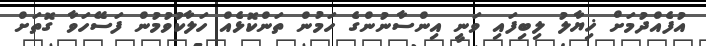
އުފެއްދުމަށް ޚިޔާލު ލިބިފައި ވަނީ އިންސާނުންގެ ހަމުން ތަންކޮޅެއް ހަލާކުވުމުން ފަސޭހަވާ ގޮތަށް